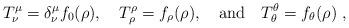
LaTeX: \begin{align*} T^\mu_\nu = \delta^\mu_\nu f_0(\rho), \quad T_\rho^\rho = f_\rho(\rho), \quad {\rm and} \quad T_\theta^\theta = f_\theta(\rho)~,\end{align*}